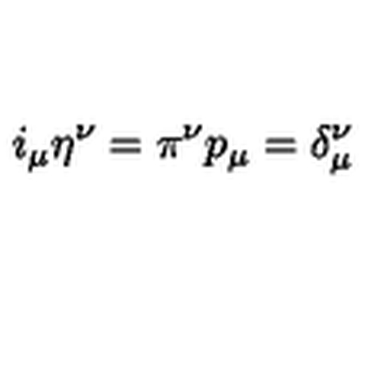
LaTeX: i _ { \mu } \eta ^ { \nu } = \pi ^ { \nu } p _ { \mu } = \delta _ { \mu } ^ { \nu }